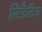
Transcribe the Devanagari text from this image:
लिंफ़ैटिक